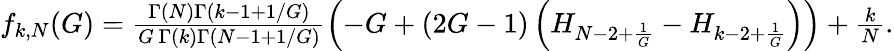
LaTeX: \begin{array}{r}{f_{k,N}(G)=\frac{\Gamma(N)\Gamma(k-1+1/G)}{G\, \Gamma(k)\Gamma(N-1+1/G)}\left(-G+(2G-1)\left(H_{N-2+\frac{1}{G}}-H_{k-2+\frac{1}{G}}\right)\right)+\frac{k}{N}.}\end{array}